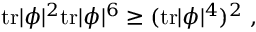
\mathrm { t r } | \phi | ^ { 2 } \mathrm { t r } | \phi | ^ { 6 } \ge ( \mathrm { t r } | \phi | ^ { 4 } ) ^ { 2 } ~ ,